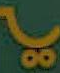
يا